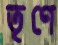
তৃণে